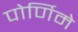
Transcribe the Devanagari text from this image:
पोर्णिमे